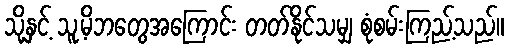
သို့နှင့် သူ့မိဘတွေအကြောင်း တတ်နိုင်သမျှ စုံစမ်းကြည့်သည်။